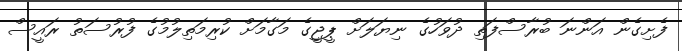
ފެށިގެން އަންނަ ބުރާސްފަތި ދުވަހުގެ ނިޔަލަށް ޕީޖީގެ މަގާމަށް ކުރިމަތިލުމުގެ ފުރުސަތު ރައީސް